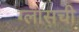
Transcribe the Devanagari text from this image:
ग्लासची